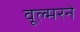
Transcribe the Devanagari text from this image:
वूल्मरने